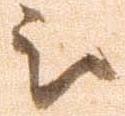
被